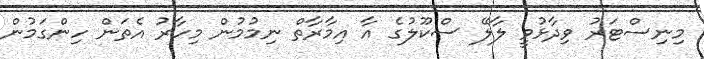
މިނިސްޓަރު ވިދާޅުވީ ލާލޭ ސްކޫލުގެ އާ އިމާރާތް ނިމުމުން މިހާރު އެތަން ހިންގަމުން